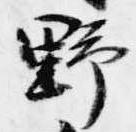
野